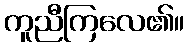
ကူညီကြလေ၏။